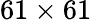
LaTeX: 61\times 61